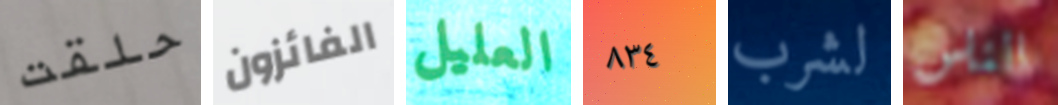
حلقت الفائزون العليل ٨٣٤ لشرب الناس